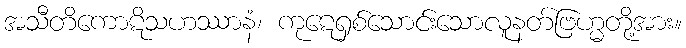
အသီတိကောဋိသဟဿာနံ၊ ကုဋေရှစ်သောင်းသောလူနတ်ဗြဟ္မတို့အား။